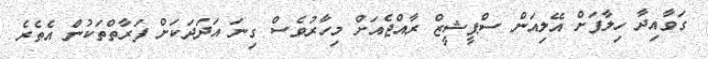
ގަވާއިދާ ހިލާފަށް އޭލިއަން ސްޕީޝީޒް ރާއްޖެއަށް މިހާރުވެސް ގިނަ އަދަދަކަށް ފަރާތްތަކުން އެތެރެ